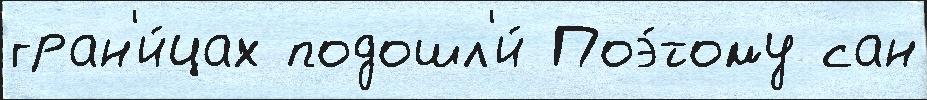
гран'и́цах подошл'и́ Поэ́тому сан